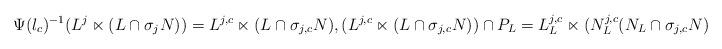
LaTeX: \begin{align*}\Psi(l_c)^{-1}(L^j\ltimes(L\cap\sigma_jN))=L^{j,c}\ltimes(L\cap\sigma_{j,c}N),(L^{j,c}\ltimes(L\cap\sigma_{j,c}N))\cap P_L=L_L^{j,c}\ltimes (N_L^{j,c}(N_L\cap\sigma_{j,c}N)).\end{align*}